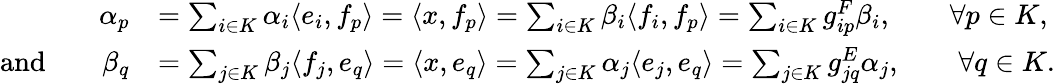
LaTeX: \begin{array}{rl}{\alpha_{p}}&{=\sum_{i\in K}\alpha_{i}\langle e_{i},f_{p}\rangle=\langle x,f_{p}\rangle=\sum_{i\in K}\beta_{i}\langle f_{i},f_{p}\rangle=\sum_{i\in K}g_{ip}^{F}\beta_{i},\qquad\forall p\in K,}\\ {\mathrm{and}\qquad\beta_{q}}&{=\sum_{j\in K}\beta_{j}\langle f_{j},e_{q}\rangle=\langle x,e_{q}\rangle=\sum_{j\in K}\alpha_{j}\langle e_{j},e_{q}\rangle=\sum_{j\in K}g_{jq}^{E}\alpha_{j},\qquad\forall q\in K.}\end{array}